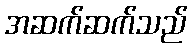
အဆက်ဆက်သည်